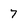
Character: 7